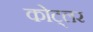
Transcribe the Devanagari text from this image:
कोट्लर